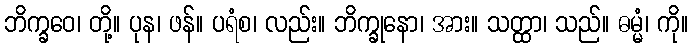
ဘိက္ခဝေ၊ တို့။ ပုန၊ ဖန်။ ပရံစ၊ လည်း။ ဘိက္ခုနော၊ အား။ သတ္ထာ၊ သည်။ ဓမ္မံ၊ ကို။